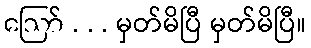
ဪ . . . မှတ်မိပြီ မှတ်မိပြီ။